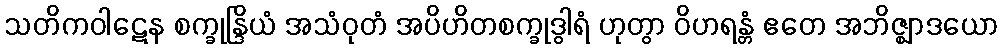
သတိကဝါဋေန စက္ခုန္ဒြိယံ အသံဝုတံ အပိဟိတစက္ခုဒွါရံ ဟုတွာ ဝိဟရန္တံ ဧတေ အဘိဇ္ဈာဒယော